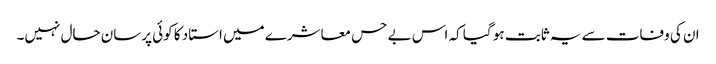
ان کی وفات سے یہ ثابت ہو گیا کہ اس بے حس معاشرے میں استاد کا کوئی پرسان حال نہیں۔